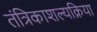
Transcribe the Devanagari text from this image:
तंत्रिकाशल्यक्रिया